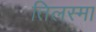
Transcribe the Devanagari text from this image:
तिलस्मा